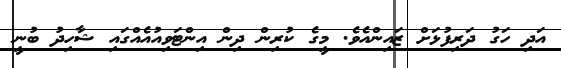
އަދި ހަގު ދަރިފުޅަށް ޒައިންއެވެ. މީގެ ކުރިން ދިން އިންޓަވިއުއެއްގައި ޝާހިދު ބުނީ